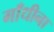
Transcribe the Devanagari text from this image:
गाँधीना